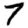
Digit: 7